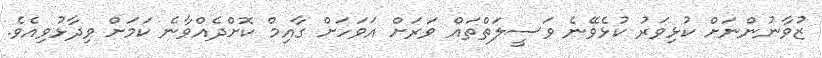
ޒުވާނުންނަށް ކުޅިވަރު ކުޅެވޭނެ ވަސީލަތްތައް ވަރަށް އަވަހަށް ގާއިމް ކޮށްދެއްވާނެ ކަމަށް ވިދާޅުވިއެވެ.